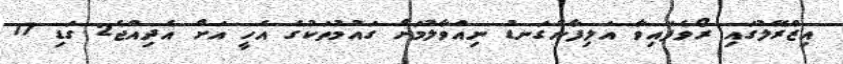
އިޒްރޭލުގައި ރޯވެފައިވާ އަލިފާންގަނޑު ނިއްވާލުމަށް ގައުމުތަކުގެ އެހީ އަށް އެދިއްޖެ2 ގަޑި 17